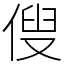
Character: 傁